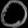
Digit: ၀